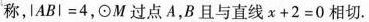
称，$$\left | A B \right | = 4$$，\odot M过点A，B且与直线 $$x + 2 = 0$$相切.